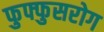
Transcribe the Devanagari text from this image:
फुफ्फुसरोग